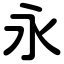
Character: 永